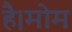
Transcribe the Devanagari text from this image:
है।मोम